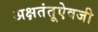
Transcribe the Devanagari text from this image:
अक्षतंतूऐवजी